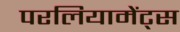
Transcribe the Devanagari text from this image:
परलियामेंट्स